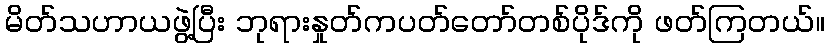
မိတ်သဟာယဖွဲ့ပြီး ဘုရားနှုတ်ကပတ်တော်တစ်ပိုဒ်ကို ဖတ်ကြတယ်။